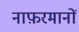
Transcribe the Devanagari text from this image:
नाफ़रमानों